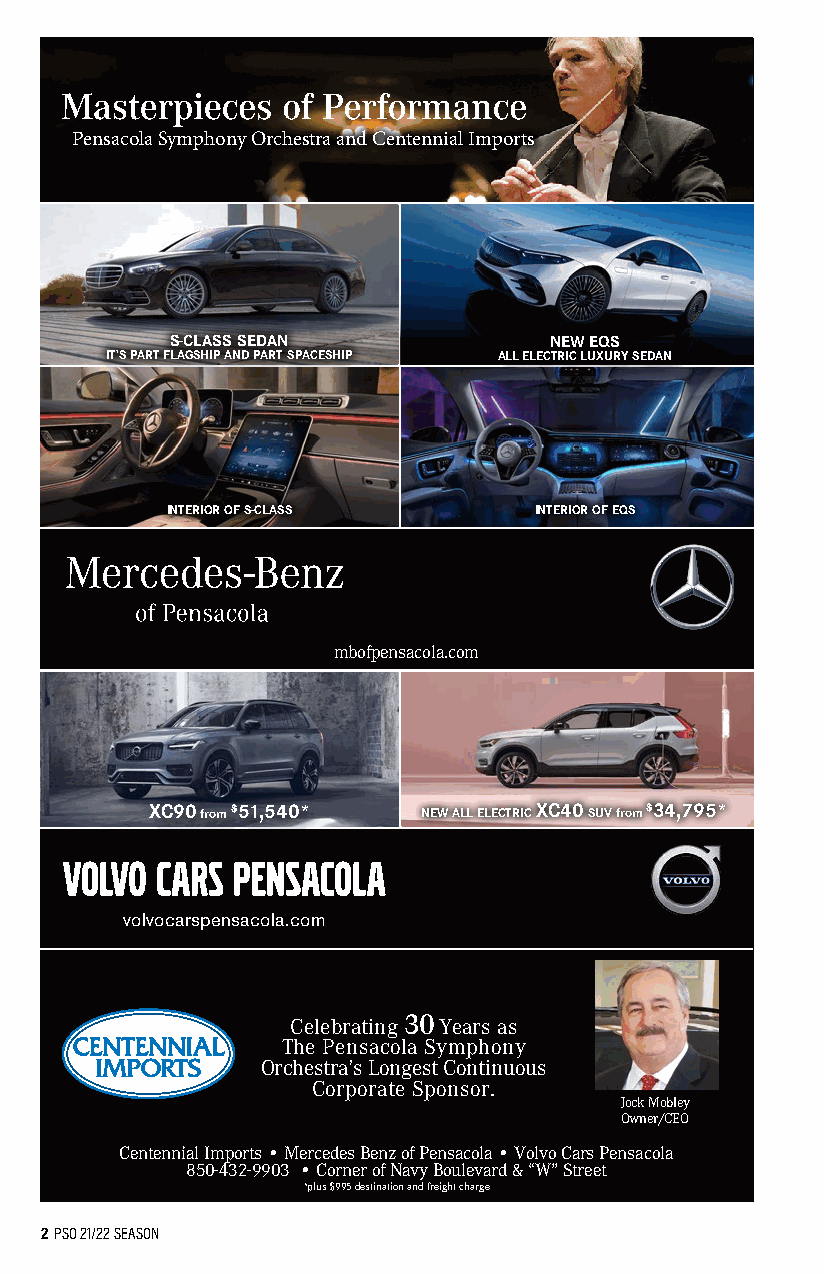
Pensacola Symphony Orchestra and Centennial Imports
 S-C SL -CA lS asS s S SeE dD anAN NEW EQS
 IT’S PART FLAGSHIP AND PART SPACESHIP ALL ELECTRIC LUXURY SEDAN
 INTERIOR OF S-CLASS     INTERIOR OF EQS
 mbofpensacola.com
 XC90 from $51,540* NEW ALL ELECTRIC XC40 SUV from $34,795*
 volvocarspensacola.com
 Celebrating 30 Years as
 The Pensacola Symphony
 Orchestra’s Longest Continuous
 Corporate Sponsor.
 Jock Mobley
 Owner/CEO
 Centennial Imports • Mercedes Benz of Pensacola • Volvo Cars Pensacola
 850-432-9903 • Corner of Navy Boulevard & “W” Street
 *plus $995 destination and freight charge
 2 PSO 21/22 SEASON